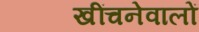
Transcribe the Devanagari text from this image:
खींचनेवालों